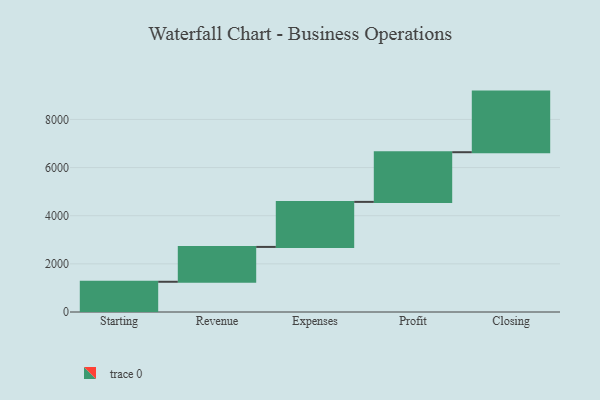
{"axis": {"x": "Step", "y": "Value"}, "legend": [""], "data": [{"x": "Starting", "y": 1256.0, "type": ""}, {"x": "Revenue", "y": 1448.0, "type": ""}, {"x": "Expenses", "y": 1871.0, "type": ""}, {"x": "Profit", "y": 2064.0, "type": ""}, {"x": "Closing", "y": 2518.0, "type": ""}]}